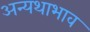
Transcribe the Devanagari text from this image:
अन्यथाभाव